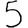
Digit: 5